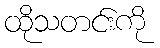
ထိုသတင်းကို